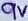
Text: 9V